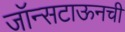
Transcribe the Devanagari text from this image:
जॉन्सटाऊनची